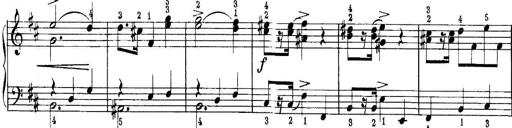
Title: Quatres sonatines
Composer: Tadeusz Joteyko